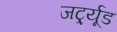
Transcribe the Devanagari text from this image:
जर्ट्र्यूड